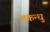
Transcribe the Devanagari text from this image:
शकन्धु